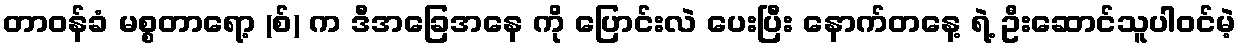
တာဝန်ခံ မစ္စတာရော့ (စ်) က ဒီအခြေအနေ ကို ပြောင်းလဲ ပေးပြီး နောက်တနေ့ ရဲ့ ဦးဆောင်သူပါဝင်မဲ့